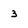
Character: 3